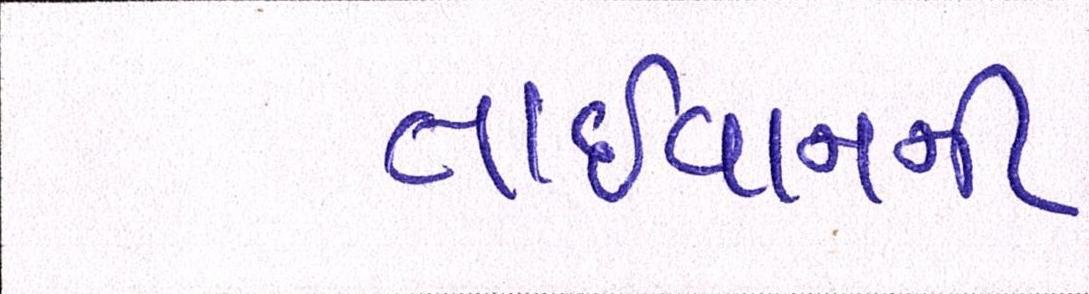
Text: તાઈવાનની